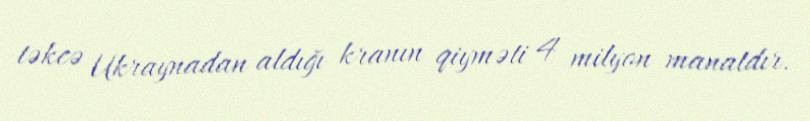
təkcə Ukraynadan aldığı kranın qiyməti 4 milyon manatdır.